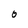
Character: 0